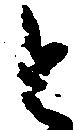
と